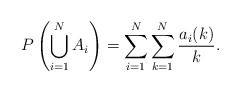
\begin{align*}P\left(\bigcup_{i=1}^N A_i\right)=\sum_{i=1}^N\sum_{k=1}^N\frac{a_i(k)}{k}.\end{align*}